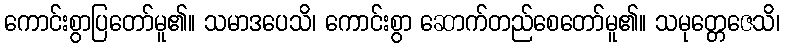
ကောင်းစွာပြတော်မူ၏။ သမာဒပေသိ၊ ကောင်းစွာ ဆောက်တည်စေတော်မူ၏။ သမုတ္တေဇေသိ၊